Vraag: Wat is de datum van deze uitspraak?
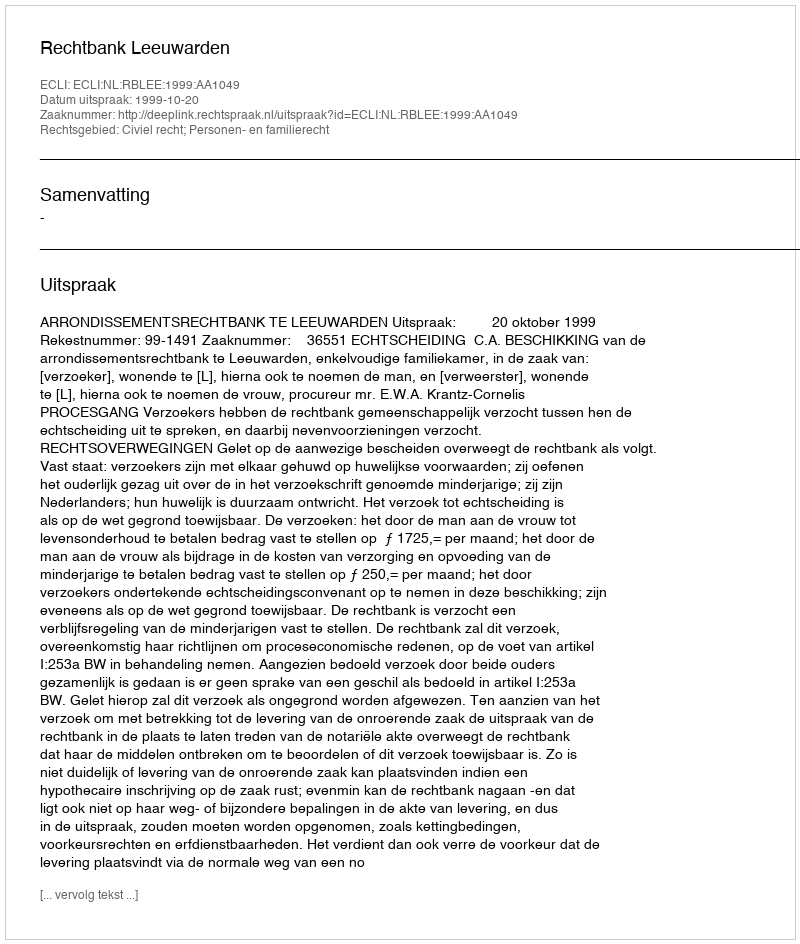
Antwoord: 1999-10-20